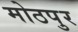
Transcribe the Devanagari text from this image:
मोठपुर